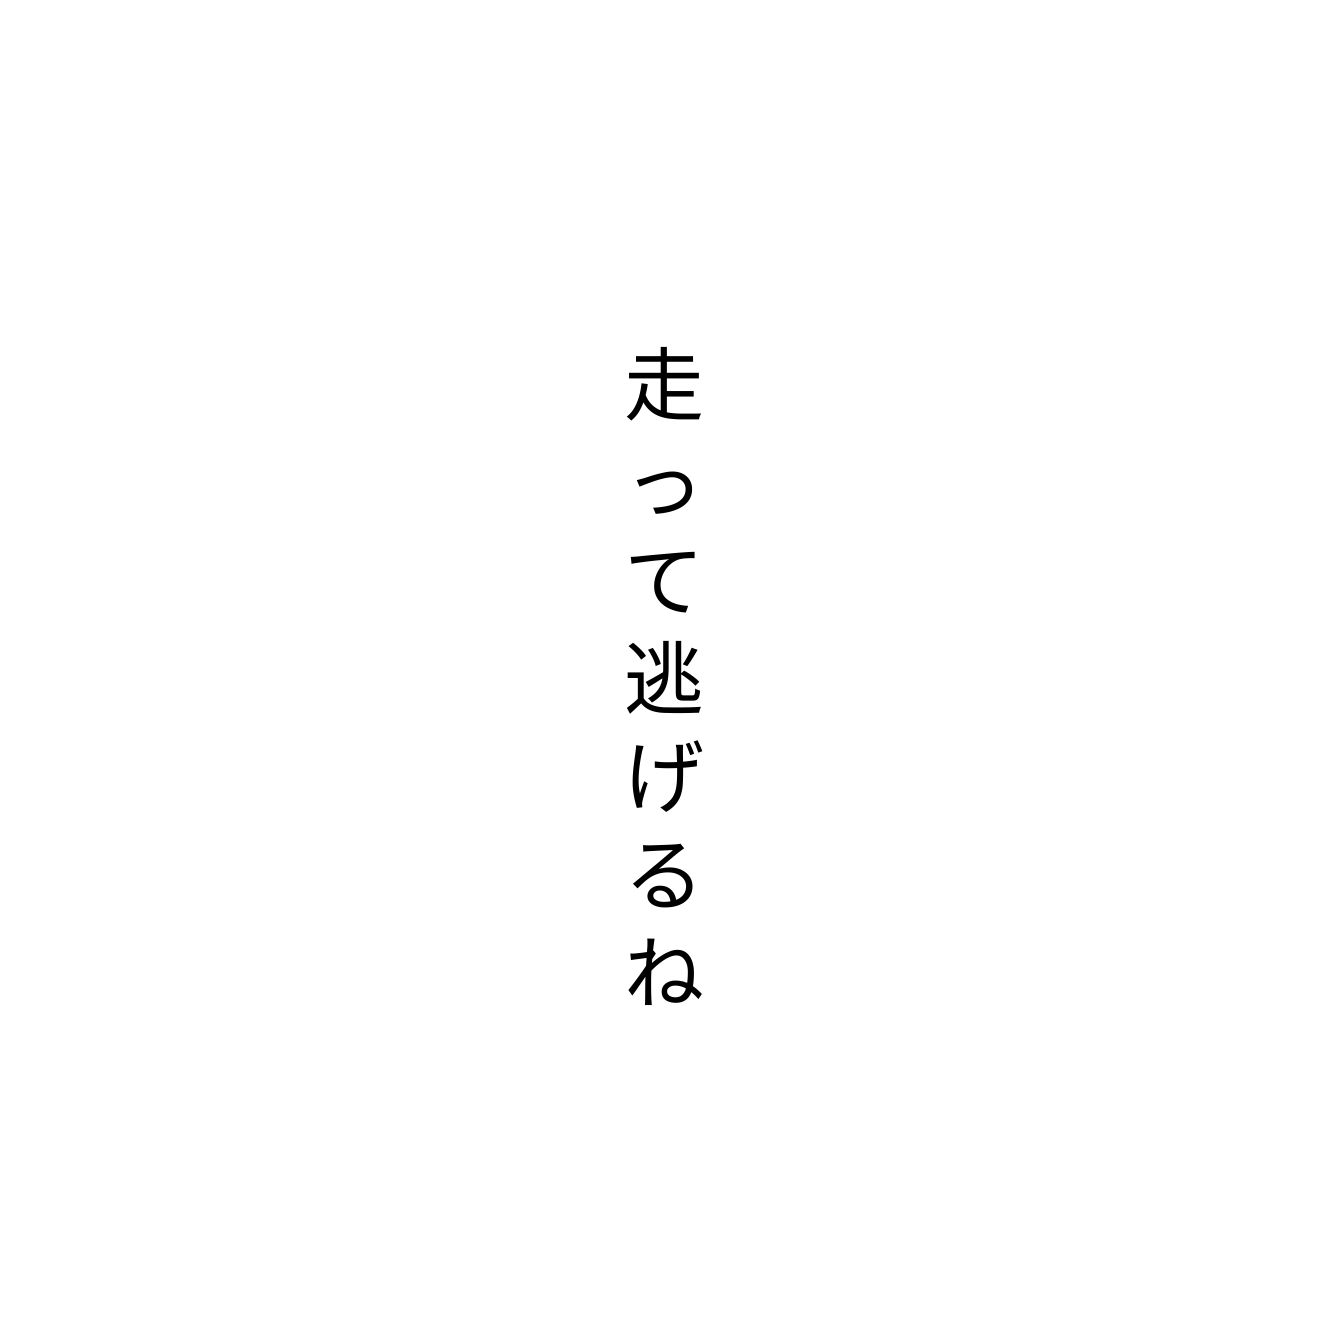
走って逃げるね